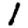
Digit: 1